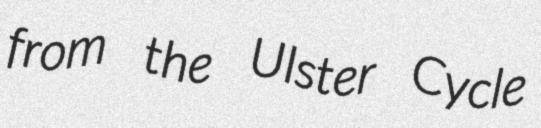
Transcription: from the Ulster Cycle